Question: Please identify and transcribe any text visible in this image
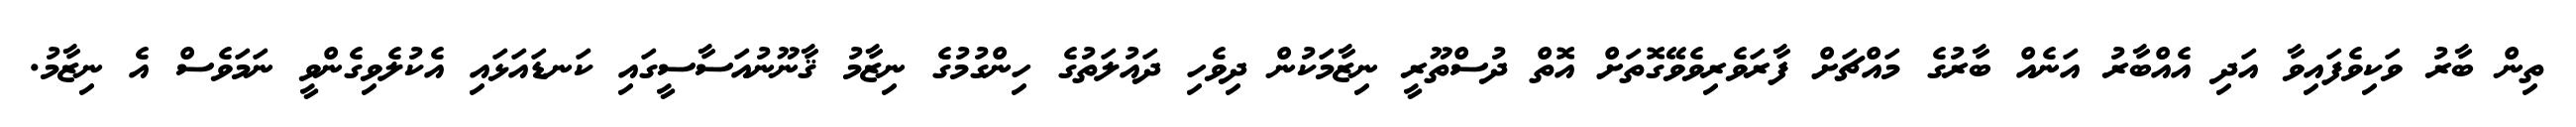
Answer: ތިން ބާރު ވަކިވެފައިވާ އަދި އެއްބާރު އަނެއް ބާރުގެ މައްޗަށް ފާރަވެރިވެވޭގޮތަށް އޮތް ދުސްތޫރީ ނިޒާމަކުން ދިވެހި ދައުލަތުގެ ހިންގުމުގެ ނިޒާމު ޤާނޫނުއަސާސީގައި ކަނޑައަޅައި އެކުލެވިގެންވީ ނަމަވެސް އެ ނިޒާމު.